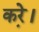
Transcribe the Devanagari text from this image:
करे़।